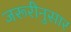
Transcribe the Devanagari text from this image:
जरूरीनुसार